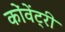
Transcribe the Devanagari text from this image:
कोंवेंट्री